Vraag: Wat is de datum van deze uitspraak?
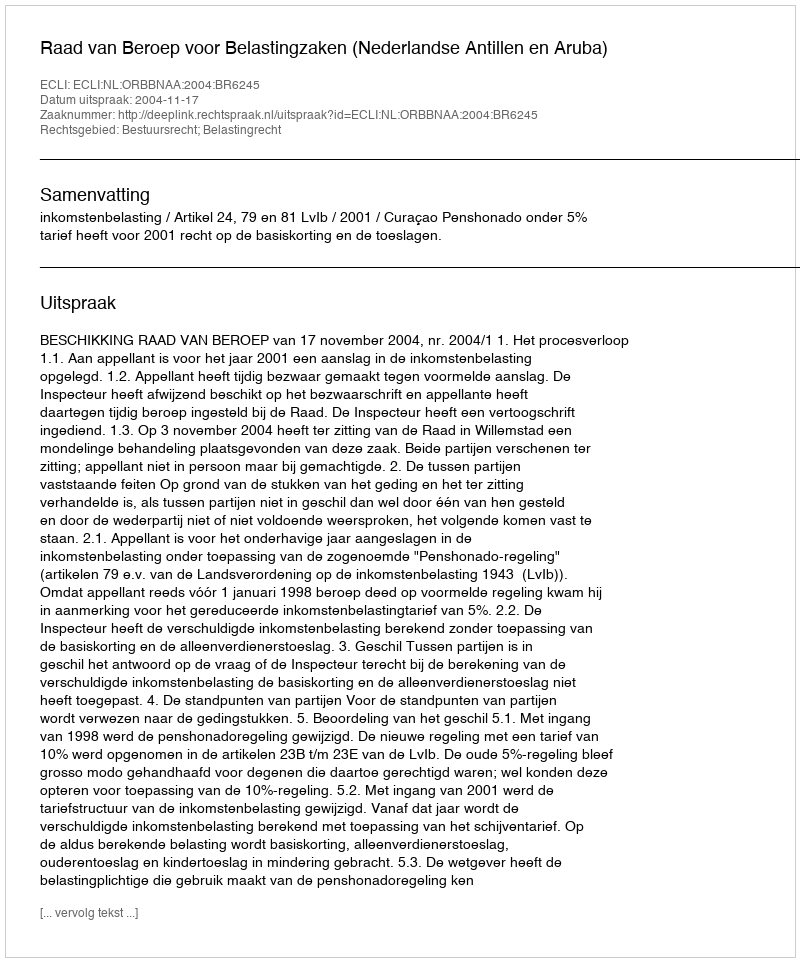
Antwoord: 2004-11-17